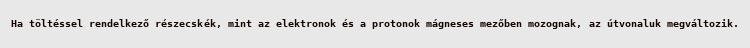
Ha töltéssel rendelkező részecskék, mint az elektronok és a protonok mágneses mezőben mozognak, az útvonaluk megváltozik.